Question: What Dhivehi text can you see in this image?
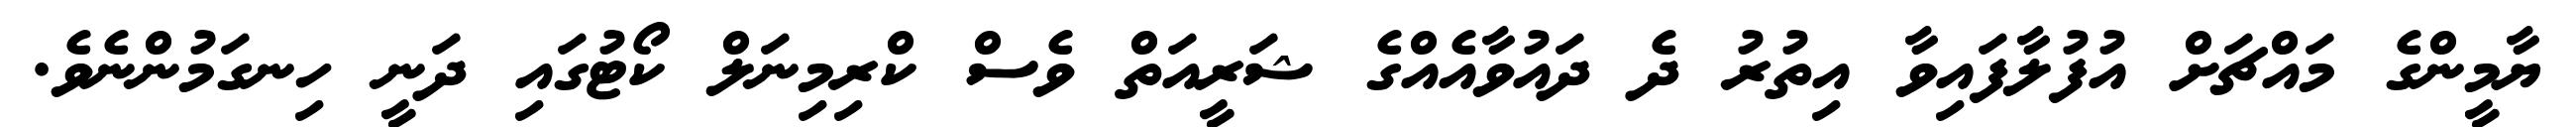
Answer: ޔާމީންގެ މައްޗަށް އުފުލާފައިވާ އިތުރު ދެ ދައުވާއެއްގެ ޝަރީއަތް ވެސް ކްރިމިނަލް ކޯޓުގައި ދަނީ ހިނގަމުންނެވެ.